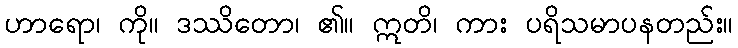
ဟာရော၊ ကို။ ဒဿိတော၊ ၏။ ဣတိ၊ ကား ပရိသမာပနတည်း။